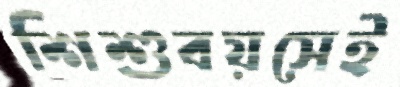
শিশুবয়সেই